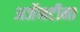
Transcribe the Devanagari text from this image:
अर्जेनटीना